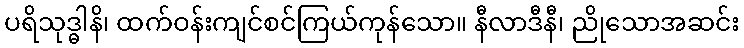
ပရိသုဒ္ဓါနိ၊ ထက်ဝန်းကျင်စင်ကြယ်ကုန်သော။ နီလာဒီနီ၊ ညိုသောအဆင်း